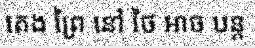
តេង ព្រៃ នៅ ថៃ អាច បន្ត